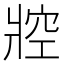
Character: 㸜